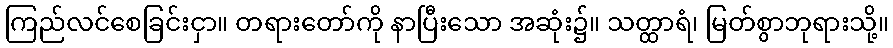
ကြည်လင်စေခြင်းငှာ။ တရားတော်ကို နာပြီးသော အဆုံး၌။ သတ္ထာရံ၊ မြတ်စွာဘုရားသို့။